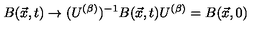
B ( \vec { x } , t ) \rightarrow ( U ^ { ( \beta ) } ) ^ { - 1 } B ( \vec { x } , t ) U ^ { ( \beta ) } = B ( \vec { x } , 0 )